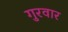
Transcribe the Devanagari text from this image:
गुरवार